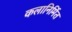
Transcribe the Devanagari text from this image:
कलानिर्मित